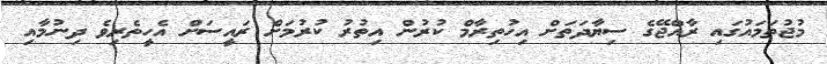
މުޖުތަމައުގައި ރާއްޖޭގެ ސިޔާދަތަށް އިހުތިރާމް ކުރުން އިތުރު ކުރުމަށް ރައީސަށް އެހީތެރިވެ ދިނުމާއި